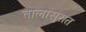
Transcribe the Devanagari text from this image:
तालासुरात